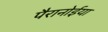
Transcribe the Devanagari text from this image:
पैरानोईया